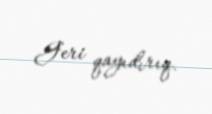
Geri qayıdırıq.